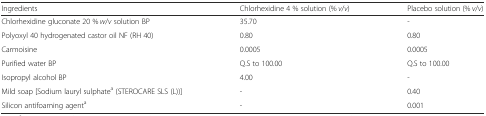
| Ingredients | Chlorhexidine 4 % solution (% v/v) | Placebo solution (% v/v) |
 | --- | --- | --- |
 | Chlorhexidine gluconate 20 % w/v solution BP | 35.70 | - |
 | Polyoxyl 40 hydrogenated castor oil NF (RH 40) | 0.80 | 0.80 |
 | Carmoisine | 0.0005 | 0.0005 |
 | Purified water BP | Q.S to 100.00 | Q.S to 100.00 |
 | Isopropyl alcohol BP | 4.00 | - |
 | Mild soap [Sodium lauryl sulphatea (STEROCARE SLS (L))] | - | 0.40 |
 | Silicon antifoaming agenta | - | 0.001 |